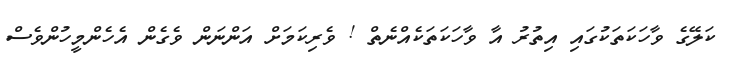
ކަލޭގެ ވާހަކަތަކުގައި އިތުރު އާ ވާހަކަތަކެއްނެތް ! ވެރިކަމަށް އަންނަން ވެގެން އެހެންމީހުންވެސް